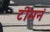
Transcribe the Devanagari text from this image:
टीमनं